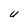
Character: U